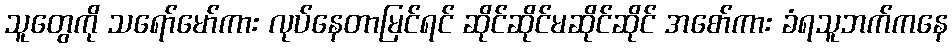
သူတွေကို သရော်မော်ကား လုပ်နေတာမြင်ရင် ဆိုင်ဆိုင်မဆိုင်ဆိုင် အစော်ကား ခံရသူဘက်ကနေ